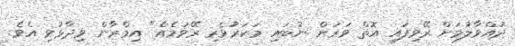
ދުއްވާލުމަށް ރޭވިފައި އޮތް ވަރަށް ނުބައި މަކަރުވެރި ރޭވުމެއް" އިމްރާން ވިދާޅުވި އެވެ.